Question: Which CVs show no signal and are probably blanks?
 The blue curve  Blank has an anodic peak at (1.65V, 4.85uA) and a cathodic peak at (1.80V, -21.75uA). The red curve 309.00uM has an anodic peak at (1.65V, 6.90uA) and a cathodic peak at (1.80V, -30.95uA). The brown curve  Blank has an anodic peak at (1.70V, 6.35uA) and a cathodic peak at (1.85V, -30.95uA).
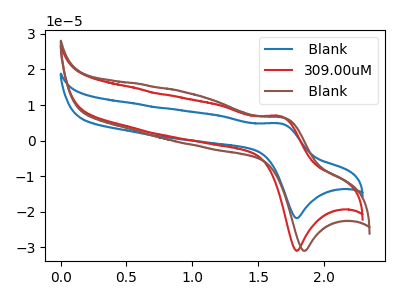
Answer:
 <answer>There are not any CV's on this graph that are likely to be blanks.</answer>
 <eval>none</eval>